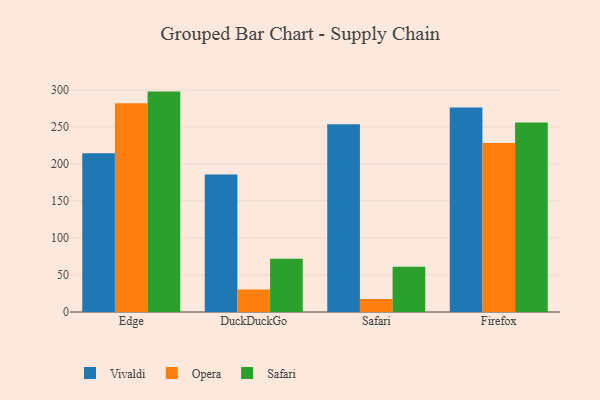
{"axis": {"x": "Browser", "y": "Latency (ms)"}, "legend": ["Opera", "Safari", "Vivaldi"], "data": [{"x": "Edge", "y": 214.4, "type": "Vivaldi"}, {"x": "Edge", "y": 281.9, "type": "Opera"}, {"x": "Edge", "y": 297.7, "type": "Safari"}, {"x": "DuckDuckGo", "y": 185.7, "type": "Vivaldi"}, {"x": "DuckDuckGo", "y": 30.5, "type": "Opera"}, {"x": "DuckDuckGo", "y": 71.8, "type": "Safari"}, {"x": "Safari", "y": 253.7, "type": "Vivaldi"}, {"x": "Safari", "y": 17.6, "type": "Opera"}, {"x": "Safari", "y": 61.2, "type": "Safari"}, {"x": "Firefox", "y": 276.3, "type": "Vivaldi"}, {"x": "Firefox", "y": 228.3, "type": "Opera"}, {"x": "Firefox", "y": 255.9, "type": "Safari"}]}